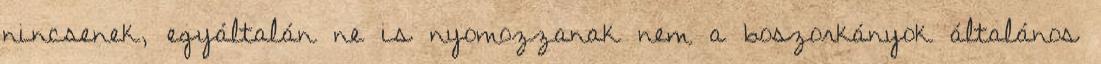
nincsenek, egyáltalán ne is nyomozzanak nem a boszorkányok általános